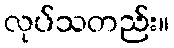
လုပ်သတည်း။